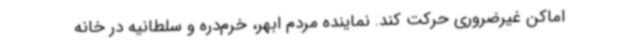
اماکن غیرضروری حرکت کند. نماینده مردم ابهر، خرم‌دره و سلطانیه در خانه